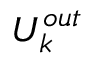
U _ { k } ^ { o u t }